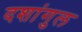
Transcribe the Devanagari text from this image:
दशांगुल